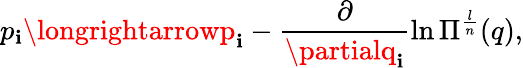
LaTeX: p_{\mathbf{i}}\longrightarrowp_{\mathbf{i}}-\frac{{\partial}}{{\partialq_{\mathbf{i}}}}\ln\Pi^{\frac{{l}}{{n}}}(q),